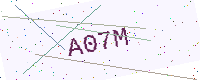
Text: A07M